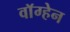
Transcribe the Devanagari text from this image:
वाॅग्हेन